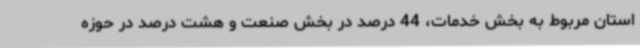
استان مربوط به بخش خدمات، 44 درصد در بخش صنعت و هشت درصد در حوزه